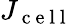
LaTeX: J_{\mathrm{~c~e~l~l~}}